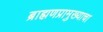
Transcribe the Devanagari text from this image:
ब्राह्मणप्रामुख्याचा